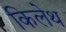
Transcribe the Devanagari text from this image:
किलेथ